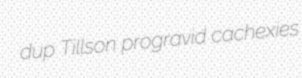
dup Tillson progravid cachexies